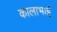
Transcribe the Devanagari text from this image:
कालाभाई